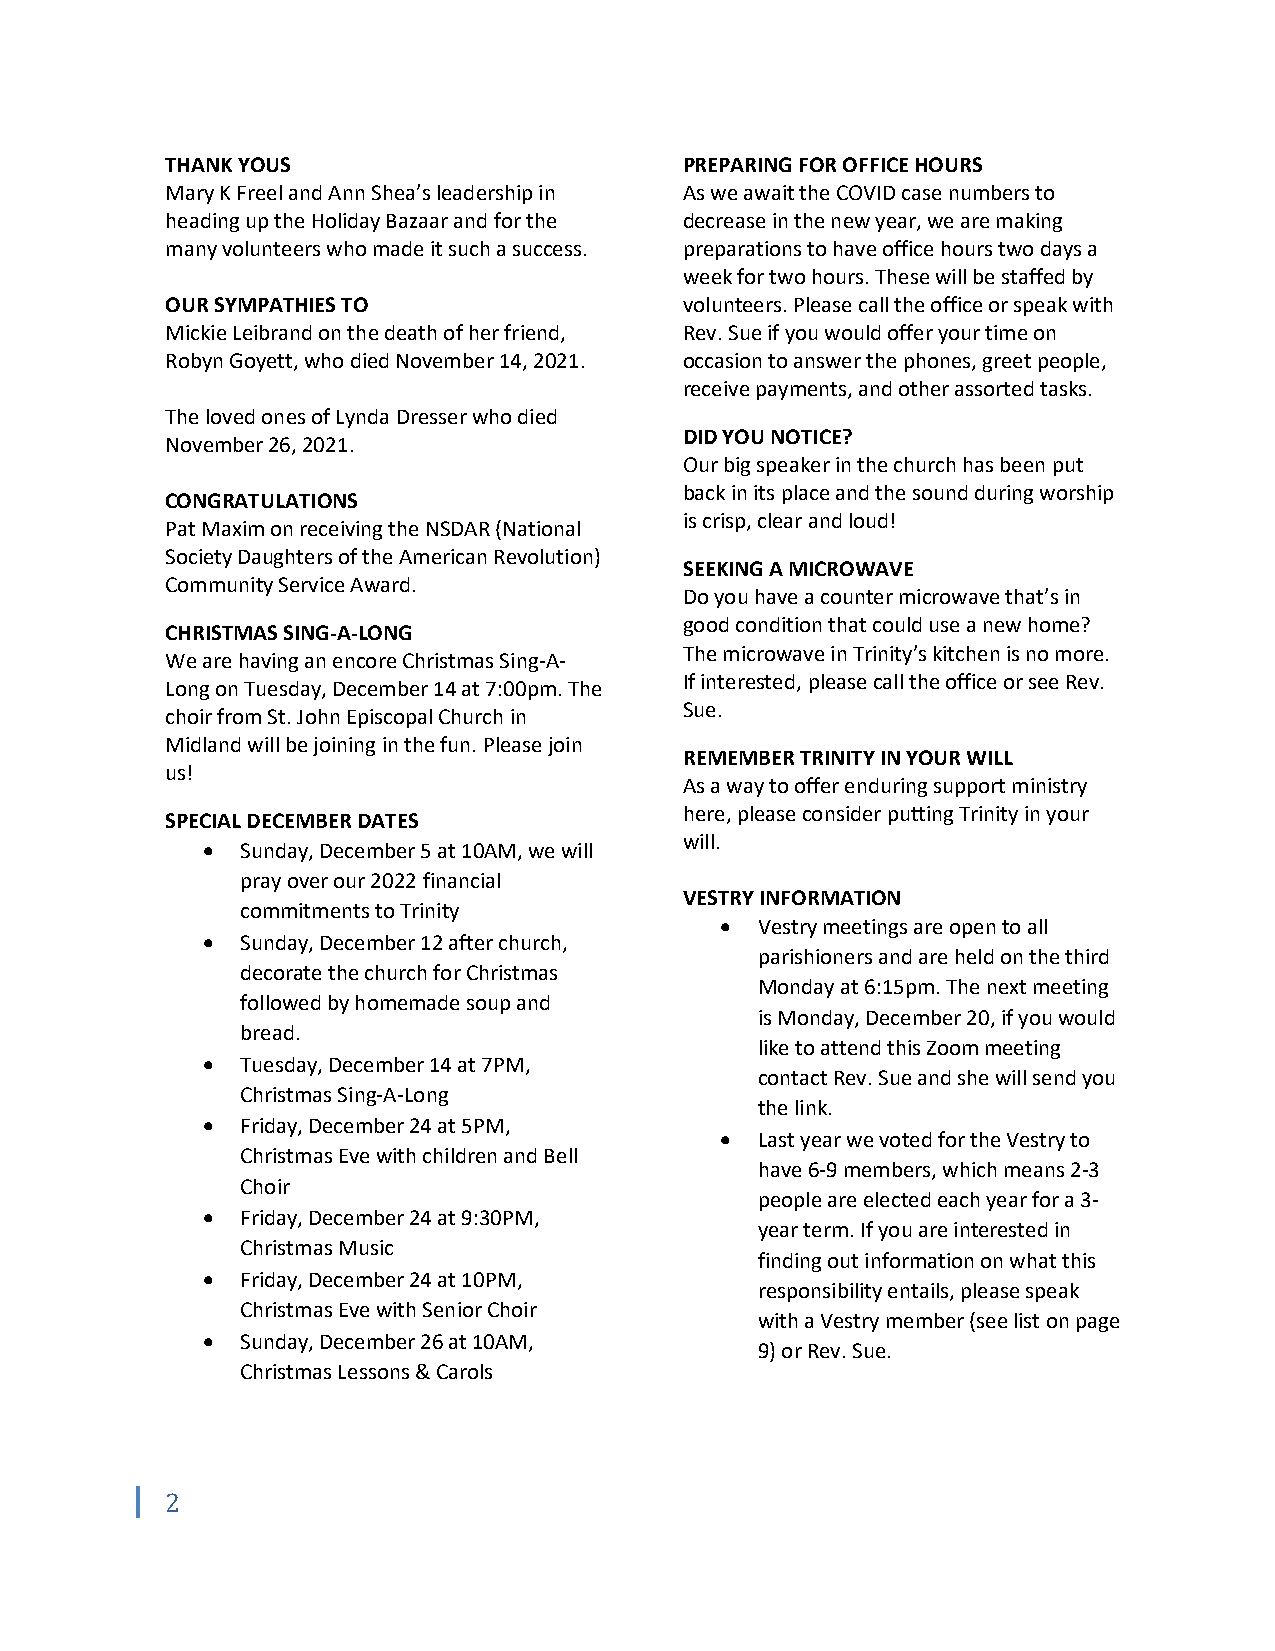
THANK YOUS                        PREPARING FOR OFFICE HOURS
 Mary K Freel and Ann Shea’s leadership in As we await the COVID case numbers to
 heading up the Holiday Bazaar and for the decrease in the new year, we are making
 many volunteers who made it such a success. preparations to have office hours two days a
 week for two hours. These will be staffed by
 OUR SYMPATHIES TO                 volunteers. Please call the office or speak with
 Mickie Leibrand on the death of her friend, Rev. Sue if you would offer your time on
 Robyn Goyett, who died November 14, 2021. occasion to answer the phones, greet people,
 receive payments, and other assorted tasks.
 The loved ones of Lynda Dresser who died
 DID YOU NOTICE?
 November 26, 2021.
 Our big speaker in the church has been put
 back in its place and the sound during worship
 CONGRATULATIONS
 is crisp, clear and loud!
 Pat Maxim on receiving the NSDAR (National
 Society Daughters of the American Revolution)
 SEEKING A MICROWAVE
 Community Service Award.
 Do you have a counter microwave that’s in
 good condition that could use a new home?
 CHRISTMAS SING-A-LONG
 The microwave in Trinity’s kitchen is no more.
 We are having an encore Christmas Sing-A-
 If interested, please call the office or see Rev.
 Long on Tuesday, December 14 at 7:00pm. The
 Sue.
 choir from St. John Episcopal Church in
 Midland will be joining in the fun. Please join
 REMEMBER TRINITY IN YOUR WILL
 us!
 As a way to offer enduring support ministry
 here, please consider putting Trinity in your
 SPECIAL DECEMBER DATES
 will.
 •  Sunday, December 5 at 10AM, we will
 pray over our 2022 financial
 VESTRY INFORMATION
 commitments to Trinity
 • Vestry meetings are open to all
 •  Sunday, December 12 after church,
 parishioners and are held on the third
 decorate the church for Christmas
 Monday at 6:15pm. The next meeting
 followed by homemade soup and
 is Monday, December 20, if you would
 bread.
 like to attend this Zoom meeting
 •  Tuesday, December 14 at 7PM,
 contact Rev. Sue and she will send you
 Christmas Sing-A-Long
 the link.
 •  Friday, December 24 at 5PM,
 • Last year we voted for the Vestry to
 Christmas Eve with children and Bell
 have 6-9 members, which means 2-3
 Choir
 people are elected each year for a 3-
 •  Friday, December 24 at 9:30PM,
 year term. If you are interested in
 Christmas Music
 finding out information on what this
 •  Friday, December 24 at 10PM,
 responsibility entails, please speak
 Christmas Eve with Senior Choir
 with a Vestry member (see list on page
 •  Sunday, December 26 at 10AM,
 9) or Rev. Sue.
 Christmas Lessons & Carols
 2